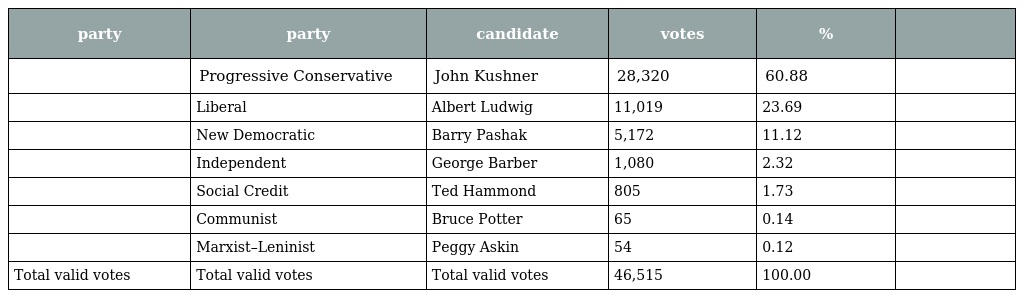
| party | party | candidate | votes | % |  |
 | --- | --- | --- | --- | --- | --- |
 |  | Progressive Conservative | John Kushner | 28,320 | 60.88 |  |
 |  | Liberal | Albert Ludwig | 11,019 | 23.69 |  |
 |  | New Democratic | Barry Pashak | 5,172 | 11.12 |  |
 |  | Independent | George Barber | 1,080 | 2.32 |  |
 |  | Social Credit | Ted Hammond | 805 | 1.73 |  |
 |  | Communist | Bruce Potter | 65 | 0.14 |  |
 |  | Marxist–Leninist | Peggy Askin | 54 | 0.12 |  |
 | Total valid votes | Total valid votes | Total valid votes | 46,515 | 100.00 |  |